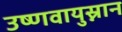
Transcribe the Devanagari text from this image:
उष्णवायुस्नान